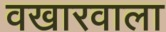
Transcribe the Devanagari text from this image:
वखारवाला